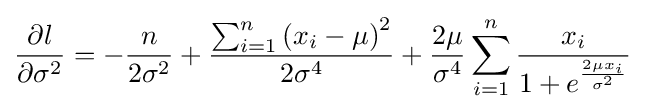
{\frac {\partial l}{\partial \sigma ^{2}}}=-{\frac {n}{2\sigma ^{2}}}+{\frac {\sum _{i=1}^{n}\left(x_{i}-\mu \right)^{2}}{2\sigma ^{4}}}+{\frac {2\mu }{\sigma ^{4}}}\sum _{i=1}^{n}{\frac {x_{i}}{1+e^{\frac {2\mu x_{i}}{\sigma ^{2}}}}}